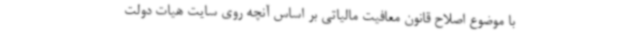
با موضوع اصلاح قانون معافیت مالیاتی بر اساس آنچه روی سایت هیات دولت